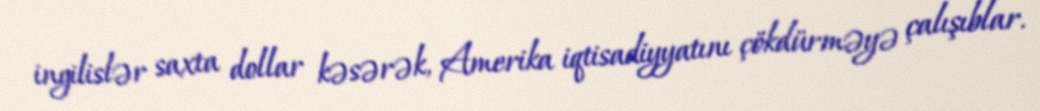
ingilislər saxta dollar kəsərək, Amerika iqtisadiyyatını çökdürməyə çalışıblar.